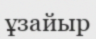
ұзайыр